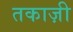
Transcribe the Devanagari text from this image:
तकाज़ी